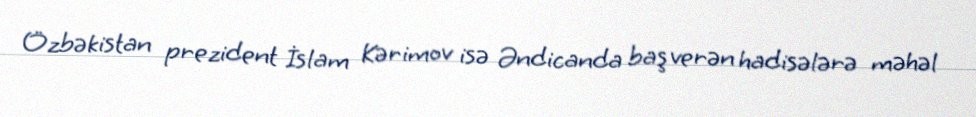
Özbəkistan prezident İslam Kərimov isə Əndicanda baş verən hadisələrə məhəl